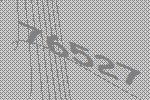
76527